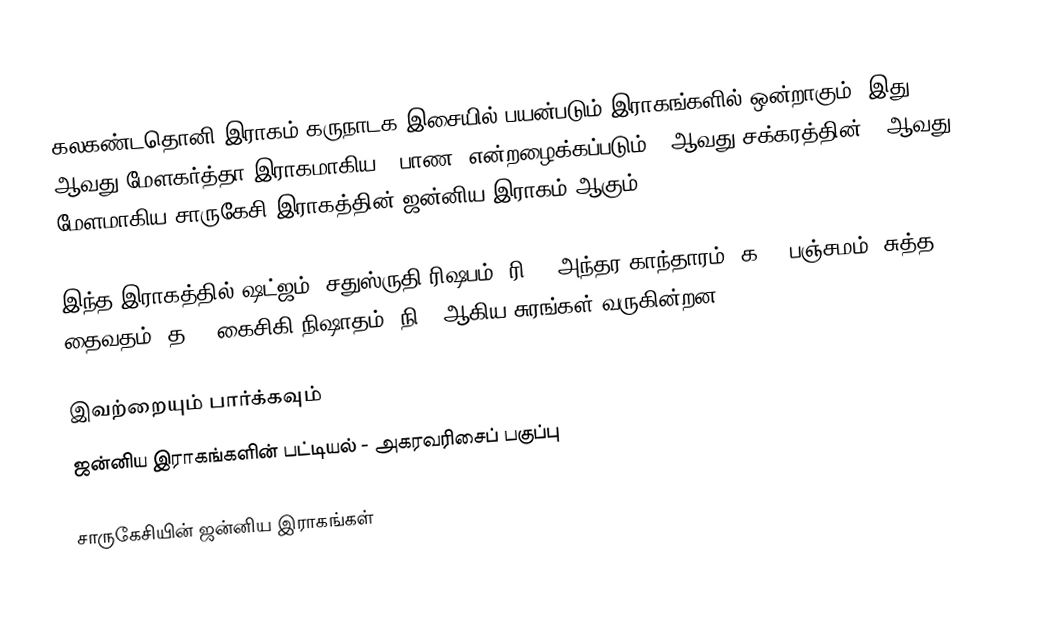
கலகண்டதொனி இராகம் கருநாடக இசையில் பயன்படும் இராகங்களில் ஒன்றாகும். இது 26 ஆவது மேளகர்த்தா இராகமாகிய, "பாண" என்றழைக்கப்படும் 5 ஆவது சக்கரத்தின் 2 ஆவது மேளமாகிய சாருகேசி இராகத்தின் ஜன்னிய இராகம் ஆகும்.

இந்த இராகத்தில் ஷட்ஜம், சதுஸ்ருதி ரிஷபம் (ரி2),  அந்தர காந்தாரம் (க3), பஞ்சமம், சுத்த தைவதம் (த1), கைசிகி நிஷாதம்  (நி2) ஆகிய சுரங்கள் வருகின்றன.

இவற்றையும் பார்க்கவும்
 ஜன்னிய இராகங்களின் பட்டியல் - அகரவரிசைப் பகுப்பு

சாருகேசியின் ஜன்னிய இராகங்கள்